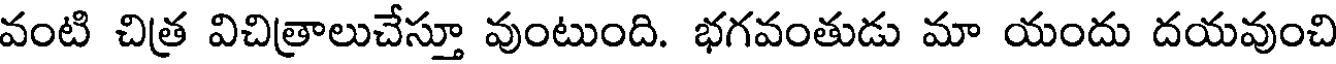
వంటి చిత్ర విచిత్రాలుచేస్తూ వుంటుంది. భగవంతుడు మా యందు దయవుంచి